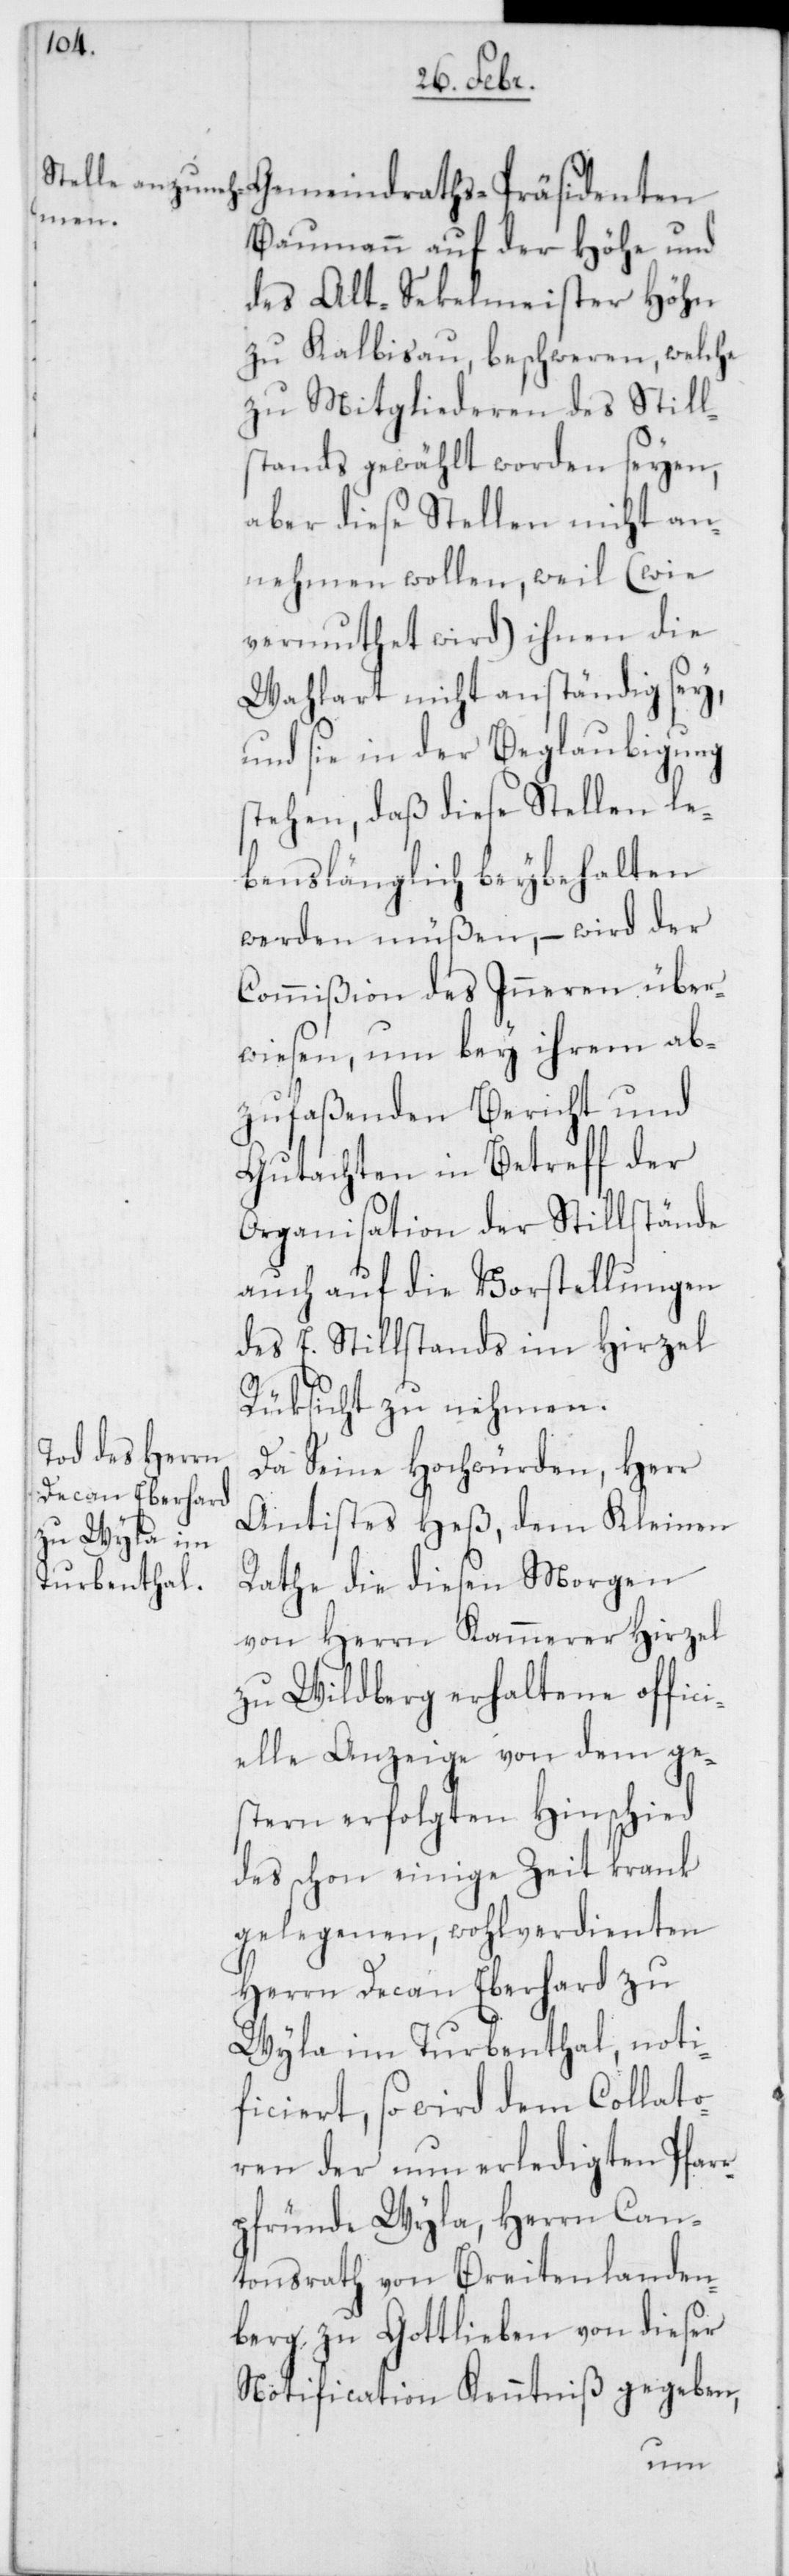
Gemeindraths-Präsidenten
Baumann auf der Höhe und
des Alt-Sekelmeister Höhn
zu Kalbisau, beschweren, welche
zu Mitgliederen des Still¬
stands gewählt worden seyen,
aber diese Stellen nicht an¬
nehmen wollen, weil (wie
vermuthet wird) ihnen die
Wahlart nicht anständig sey,
und sie in der Beglaubigung
stehen, daß diese Stellen le¬
benslänglich beybehalten
werden müßen, – wird der
Commißion des Inneren über¬
wiesen, um bey ihrem ab¬
zufaßenden Bericht und
Gutachten in Betreff der
Organisation der Stillstände
auch auf die Vorstellungen
des E. Stillstands im Hirzel
Rüksicht zu nehmen.
Da Seine Hochwürden, Herr
Antistes Heß, dem Kleinen
Rathe die diesen Morgen
von Herrn Kammerer Hirzel
zu Wildberg erhaltene offic¬
ielle Anzeige von dem ge¬
stern erfolgten Hinschied
des schon einige Zeit krank
gelegenen, wohlverdienten
Herrn Decan Eberhard zu
Wyla im Turbenthal, noti¬
ficiert, so wird dem Collato¬
ren der nun erledigten Pfar¬
rpfründe Wyla, Herrn Can¬
tonsrath von Breitenlanden¬
berg zu Gottlieben von dieser
Notification Kenntniß gegeben,